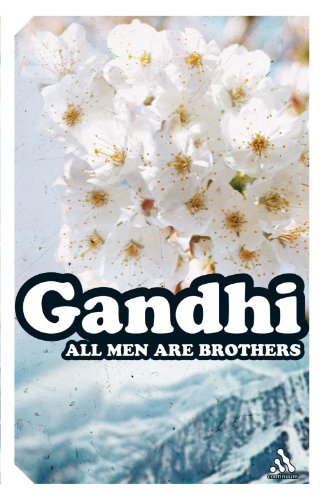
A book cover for All Men Are Brothers (Continuum Impacts); Mohandas K. Gandhi; Religion & Spirituality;